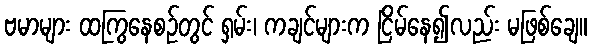
ဗမာများ ထကြွနေစဉ်တွင် ရှမ်း၊ ကချင်များက ငြိမ်နေ၍လည်း မဖြစ်ချေ။